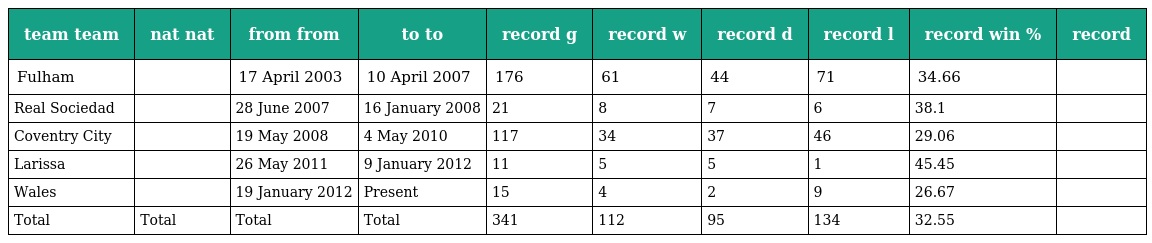
| team team | nat nat | from from | to to | record g | record w | record d | record l | record win % | record |
 | --- | --- | --- | --- | --- | --- | --- | --- | --- | --- |
 | Fulham |  | 17 April 2003 | 10 April 2007 | 176 | 61 | 44 | 71 | 34.66 |  |
 | Real Sociedad |  | 28 June 2007 | 16 January 2008 | 21 | 8 | 7 | 6 | 38.1 |  |
 | Coventry City |  | 19 May 2008 | 4 May 2010 | 117 | 34 | 37 | 46 | 29.06 |  |
 | Larissa |  | 26 May 2011 | 9 January 2012 | 11 | 5 | 5 | 1 | 45.45 |  |
 | Wales |  | 19 January 2012 | Present | 15 | 4 | 2 | 9 | 26.67 |  |
 | Total | Total | Total | Total | 341 | 112 | 95 | 134 | 32.55 |  |